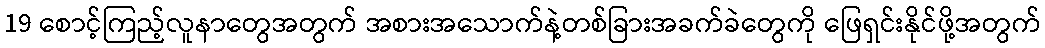
19 စောင့်ကြည့်လူနာတွေအတွက် အစားအသောက်နဲ့တစ်ခြားအခက်ခဲတွေကို ဖြေရှင်းနိုင်ဖို့အတွက်